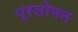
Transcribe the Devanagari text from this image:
प्रलोमन